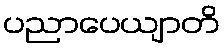
ပညာပေယျာတိ